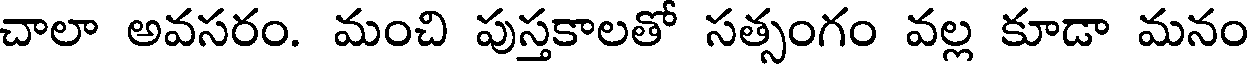
చాలా అవసరం. మంచి పుస్తకాలతో సత్సంగం వల్ల కూడా మనం